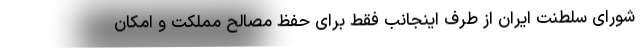
شورای سلطنت ایران از طرف اینجانب فقط برای حفظ مصالح مملکت و امکان